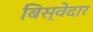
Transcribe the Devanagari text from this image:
बिस्‍वेदार